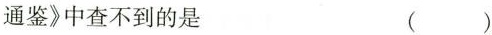
通鉴》中查不到的是 ( )